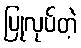
ပြုလုပ်တဲ့